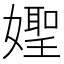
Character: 𡢨